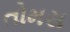
તોમસ